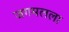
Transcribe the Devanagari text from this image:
जगमलला